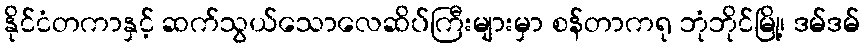
နိုင်ငံတကာနှင့် ဆက်သွယ်သောလေဆိပ်ကြီးများမှာ စန်တာကရု ဘုံဘိုင်မြို့၊ ဒမ်ဒမ်